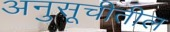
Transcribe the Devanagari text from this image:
अनुसूचीतील